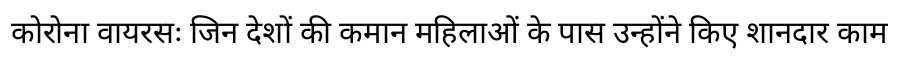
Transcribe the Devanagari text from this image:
कोरोना वायरसः जिन देशों की कमान महिलाओं के पास उन्होंने किए शानदार काम